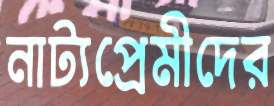
নাট্যপ্রেমীদের